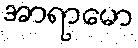
အာရာမော